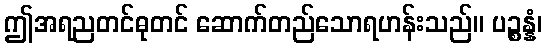
ဤအရညတင်ဓုတင် ဆောက်တည်သောရဟန်းသည်။ ပဉ္စန္နံ၊